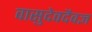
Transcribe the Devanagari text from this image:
वासुदेवदैवज्ञ